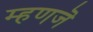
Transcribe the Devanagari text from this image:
म्हणजॆ